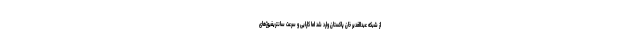
از شبکه عبدالغدیر خان پاکستان وارد شد اما کارایی و سرعت سانتریفیوژهای